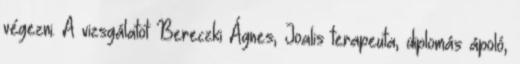
végezni. A vizsgálatot Bereczki Ágnes, Joalis terapeuta, diplomás ápoló,